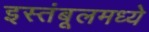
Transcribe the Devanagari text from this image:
इस्तंबूलमध्ये